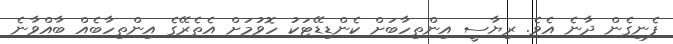
ފެނިގެން ދާނެ އެވެ. ރިޔާސީ އިންތިހާބަށް ކެންޑިޑޭޓަކު ހޮވުމަށް އެތެރޭގެ އިންތިހާބެއް ބާއްވާނެ